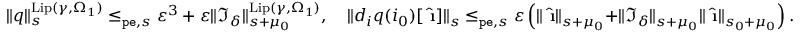
\begin{array} { r } { \rVert q \rVert _ { s } ^ { \mathrm { L i p } ( \gamma , \Omega _ { 1 } ) } \le _ { \mathtt { p e } , s } \varepsilon ^ { 3 } + \varepsilon \rVert \mathfrak { I } _ { \delta } \rVert _ { s + \mu _ { 0 } } ^ { \mathrm { L i p } ( \gamma , \Omega _ { 1 } ) } , \quad \rVert d _ { i } q ( i _ { 0 } ) [ \hat { \textbf { \i } } ] \rVert _ { s } \le _ { \mathtt { p e } , s } \varepsilon \left( \rVert \hat { \textbf { \i } } \rVert _ { s + \mu _ { 0 } } + \rVert \mathfrak { I } _ { \delta } \rVert _ { s + \mu _ { 0 } } \rVert \hat { \textbf { \i } } \rVert _ { s _ { 0 } + \mu _ { 0 } } \right) . } \end{array}